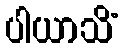
ပါယာသိံ